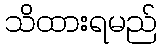
သိထားရမည်